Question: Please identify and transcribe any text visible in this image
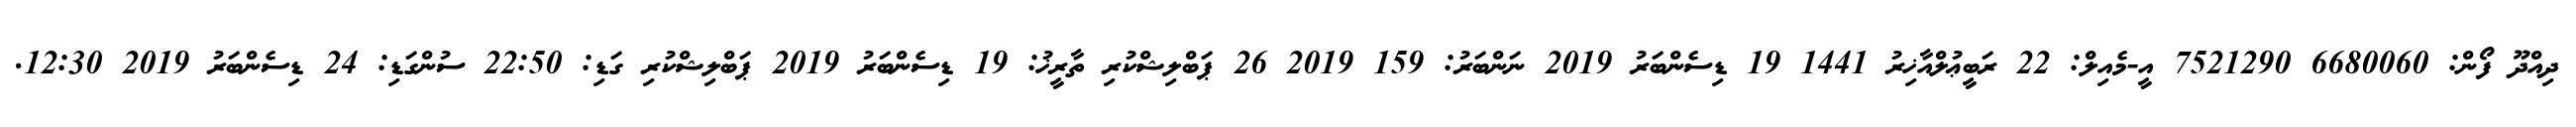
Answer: ދިއްދޫ ފޯން: 6680060 7521290 އީ-މެއިލް: 22 ރަބީޢުލްއާޚިރު 1441 19 ޑިސެންބަރު 2019 ނަންބަރު: 159 2019 26 ޕަބްލިޝްކުރި ތާރީޚު: 19 ޑިސެންބަރު 2019 ޕަބްލިޝްކުރި ގަޑި: 22:50 ސުންގަޑި: 24 ޑިސެންބަރު 2019 12:30.